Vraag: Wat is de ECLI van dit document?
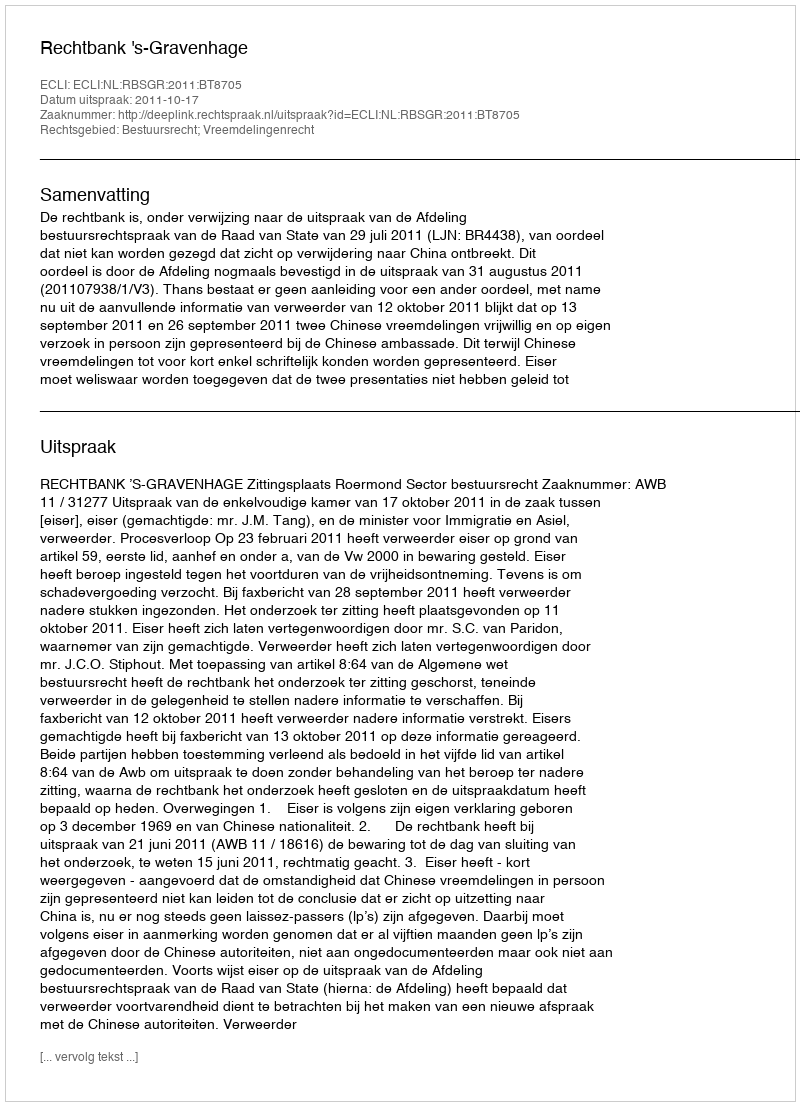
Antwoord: ECLI:NL:RBSGR:2011:BT8705